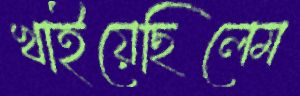
খাইয়েছিলেম